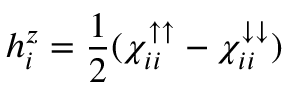
h _ { i } ^ { z } = \frac { 1 } { 2 } ( \chi _ { i i } ^ { { \uparrow } { \uparrow } } - \chi _ { i i } ^ { { \downarrow } { \downarrow } } )